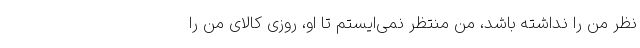
نظر من را نداشته باشد، من منتظر نمی‌ایستم تا او، روزی کالای من را